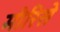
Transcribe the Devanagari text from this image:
मौरिसे